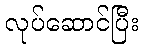
လုပ်ဆောင်ပြီး